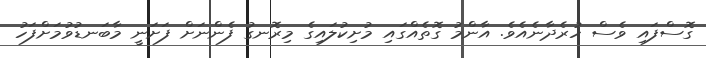
ގޮސްފައި ވެސް ހުރެދާނެއެވެ. އާންމު ގޮތެއްގައި މުށިކުލައިގެ މިރޮނގު ފެންނަށް ފަށަނީ މާބަނޑުވުމަށްފަހު